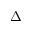
\lvert \Delta